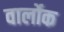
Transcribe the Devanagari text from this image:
वार्लोक